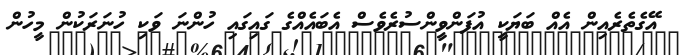
އޭގެތެރެއިން އެއް ބަޔަކީ އުފަންވީންސުރެވެސް އެބައެއްގެ ގައިގައި ހުންނަ ވަކި ހުނަރަކުން މީހުން